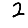
Digit: 2